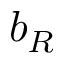
b _ { R }